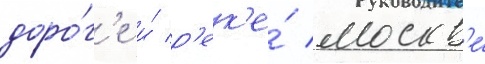
доро́г'е и́ р'ек'е́ москв'е́